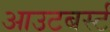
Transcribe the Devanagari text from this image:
आउटबर्स्ट